Vaccination Hyderabad 1890-1903 - 1890-1903
Year: 1890
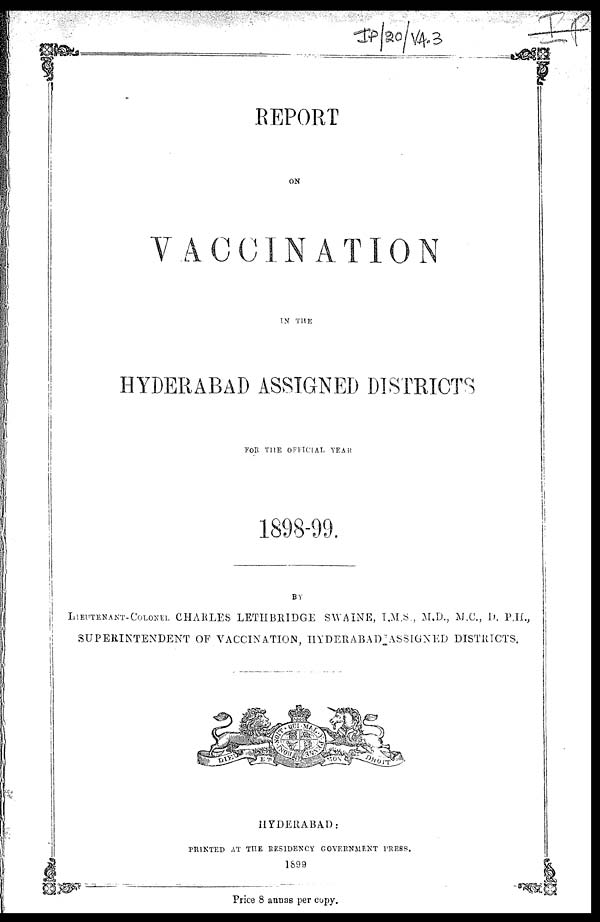
REPORT
ON
VACCINATION
IN THE
HYDERABAD ASSIGNED DISTRICTS
FOR THE OFFICIAL YEAR
1898-99.
BY
LIEUTENANT-COLONEL CHARLES LETHBRIDGE SWAINE, I.M.S., M.D., M.C., D. P.H.,
SUPERINTENDENT OF VACCINATION, HYDERABAD ASSIGNED DISTRICTS.
HYDERABAD:
PRINTED AT THE RESIDENCY GOVERNMENT PRESS.
1899
Price 8 annas per copy.